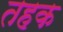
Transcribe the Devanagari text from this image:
तहक